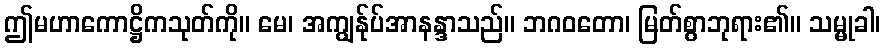
ဤမဟာကောဋ္ဌိကသုတ်ကို။ မေ၊ အကျွန်ုပ်အာနန္ဒာသည်။ ဘဂဝတော၊ မြတ်စွာဘုရား၏။ သမ္မုခါ၊